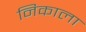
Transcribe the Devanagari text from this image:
निकाला